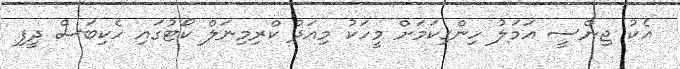
އެކު ޖިންސީ އަމަލު ހިންގިކަމަށް މީހަކު މިއަދު ކްރިމިނަލް ކޯޓުގައި ހެކިބަސް ދީފި